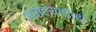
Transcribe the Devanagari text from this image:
असल्याचीही